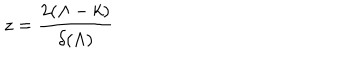
LaTeX: z = \frac { 2 ( \Lambda - k ) } { \delta ( \Lambda ) }